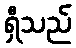
ရှီသည်